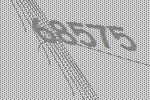
68575